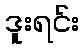
ဒူးရင်း